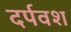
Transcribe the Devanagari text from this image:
दर्पवश